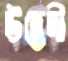
উদ্ভেদী